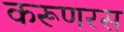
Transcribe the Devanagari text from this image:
करूणरस